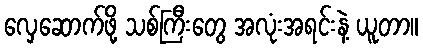
လှေဆောက်ဖို့ သစ်ကြီးတွေ အလုံးအရင်းနဲ့ ယူတာ။